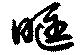
眶